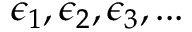
\epsilon _ { 1 } , \epsilon _ { 2 } , \epsilon _ { 3 } , . . .